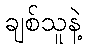
ချစ်သူနဲ့